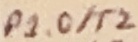
Text: P1.0/T2